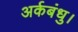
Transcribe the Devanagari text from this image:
अर्कबंधु।